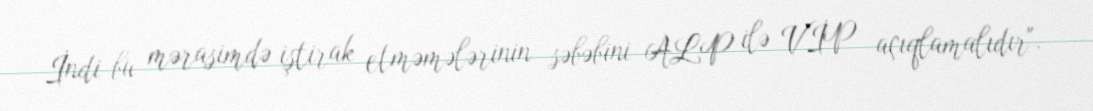
İndi bu mərasimdə iştirak etməmələrinin səbəbini ALP ilə VİP açıqlamalıdır".